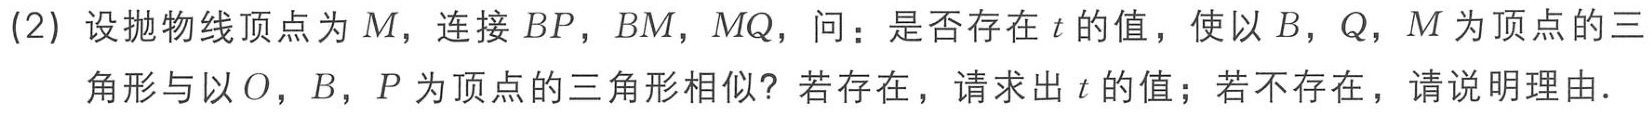
(2) 设抛物线顶点为\(M\)，连接 \(BP\)，\(BM\)，\(MQ\)，问：是否存在 \(t\) 的值，使以 \(B\)，\(Q\)，\(M\) 为顶点的三角形与以 \(O\)，\(B\)，\(P\) 为顶点的三角形相似？若存在，请求出 \(t\) 的值；若不存在，请说明理由.